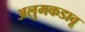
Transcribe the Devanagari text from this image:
अलुमकडावू